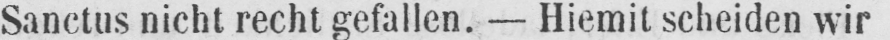
Sanctus nicht recht gefallen. - Hiemit scheiden wir